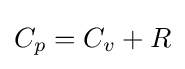
C_{p}=C_{v}+R